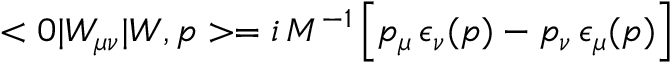
< 0 | W _ { \mu \nu } | W , p > = i \, M ^ { - 1 } \left[ p _ { \mu } \, \epsilon _ { \nu } ( p ) - p _ { \nu } \, \epsilon _ { \mu } ( p ) \right]